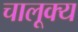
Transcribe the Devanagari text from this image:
चालूक्य